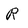
Character: R